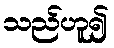
သည်ဟူ၍